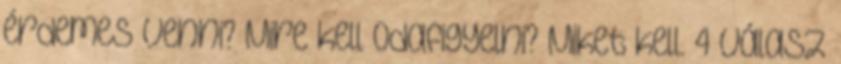
érdemes venni? Mire kell odafigyelni? Miket kell. 4 válasz